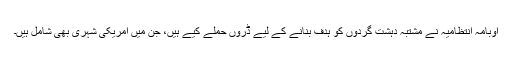
اوبامہ انتظامیہ نے مشتبہ دہشت گردوں کو ہدف بنانے کے لیے ڈروں حملے کیے ہیں، جن میں امریکی شہری بھی شامل ہیں۔